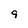
Character: 9